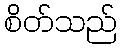
စိတ်သည်